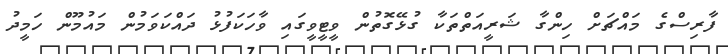
ފާރިސްގެ މައްޗަށް ހިންގާ ޝަރީއަތްތަކާ ގުޅޭގޮތުން ވީޓީވީގައި ވާހަކަފުޅު ދައްކަވަމުން މައުމޫން ހަމީދު